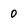
Character: 0